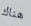
هناك